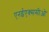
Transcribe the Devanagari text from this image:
एनईएक्ससीओ